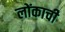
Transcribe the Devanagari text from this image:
लोंकाची